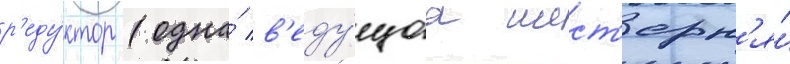
р'еду́ктор (одна́ в'еду́щаа шест'ерн'я́